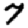
Digit: 7